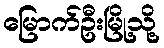
မြောက်ဦးမြို့သို့